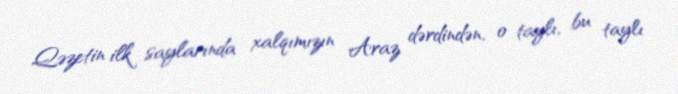
Qəzetin ilk saylarında xalqımızın Araz dərdindən, o taylı, bu taylı